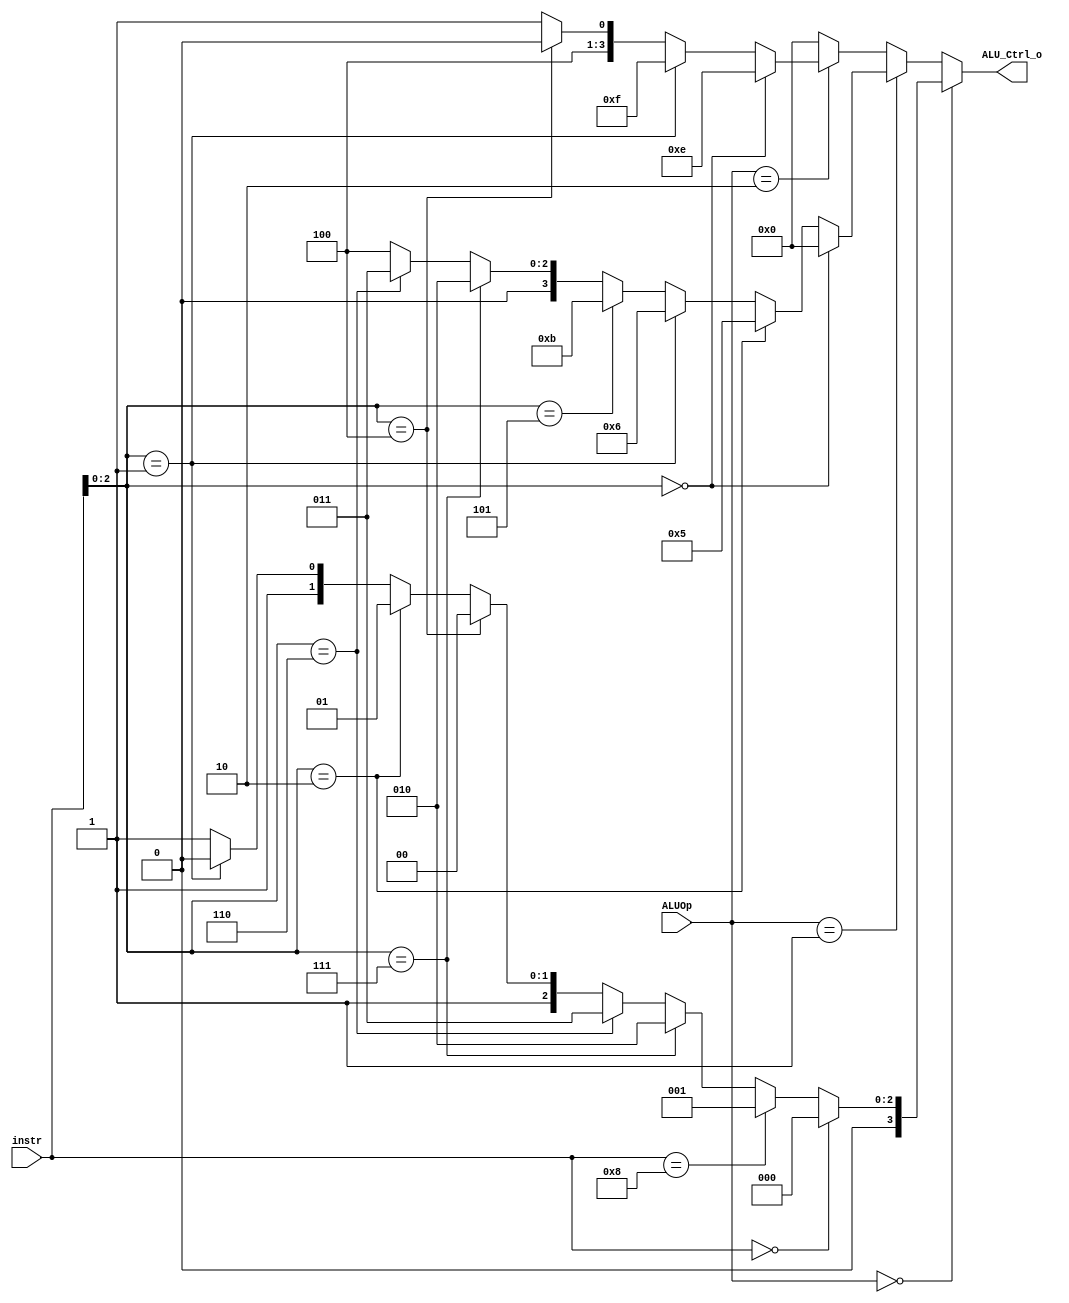
/***************************************************
Student Name: 
Student ID: 
***************************************************/

`timescale 1ns/1ps

module ALU_Ctrl(
	input		[3:0]	instr,
	input		[1:0]	ALUOp,
	output wire	[3:0] ALU_Ctrl_o
	);
	
/* Write your code HERE */
assign ALU_Ctrl_o=(ALUOp==2'b00)? //rtype
							(instr==4'b0000)?4'b0000:
							(instr==4'b1000)?4'b0001:
							(instr[2:0]==3'b111)?4'b0010:
							(instr[2:0]==3'b110)?4'b0011:
							(instr[2:0]==3'b100)?4'b0100:
							(instr[2:0]==3'b010)?4'b0101:
							(instr[2:0]==3'b001)?4'b0110:
								4'b0111
						:(ALUOp==2'b01)?//elif itype
							(instr[2:0]==3'b000)?4'b0000:
							(instr[2:0]==3'b010)?4'b0101:
							(instr[2:0]==3'b001)?4'b0110:
							(instr[2:0]==3'b101)?4'b1011:
							(instr[2:0]==3'b111)?4'b0010:
							(instr[2:0]==3'b110)?4'b0011:
							4'b0100 //xori
						:(ALUOp==2'b10)?
						(instr[2:0]==3'b000)?4'b1110:
						(instr[2:0]==3'b001)?4'b1111: //bne
						(instr[2:0]==3'b100)?4'b1000://blt
						1001//bge
						:(ALUOp==2'b11)?
						4'b0000:0;
 
endmodule